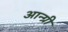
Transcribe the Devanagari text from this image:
आन्ग्री